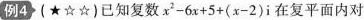
例4(★☆☆)已知复数$$x^{2}-6x+5+(x-2)i$$在复平面内对